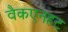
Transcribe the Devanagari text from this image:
वैकएनहट